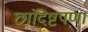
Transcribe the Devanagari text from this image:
छांदिष्टपणा